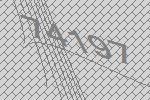
74197